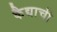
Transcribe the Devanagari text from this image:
कैद्याची